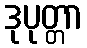
ဒုပုတ္တာ